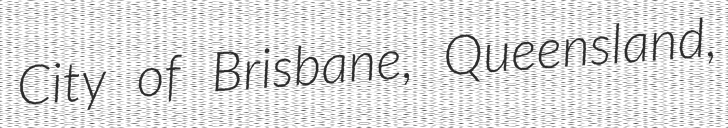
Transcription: City of Brisbane, Queensland,